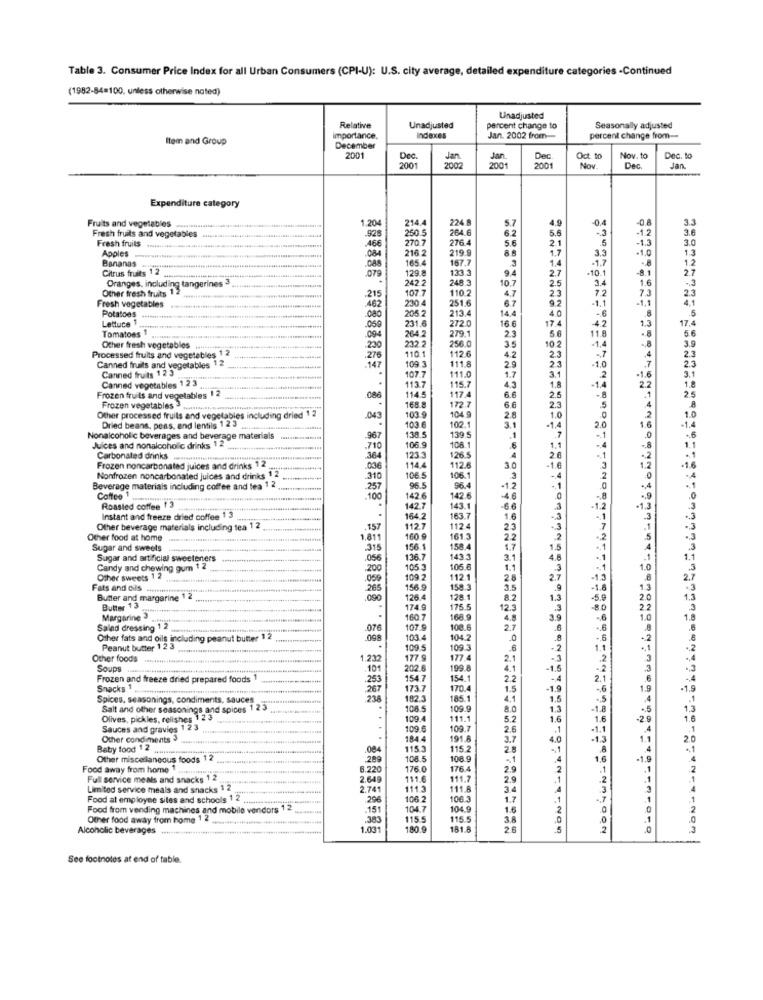
Table 3. Consumer Price Index for all Urban Consumers (CPI-U): U.S. city average, detailed expenditure categories -Continued
(1982-84=100, unless otherwise noted)
Unadjusted
Relative
Unadjusted
percent change to
Seasonally adjusted
Item and Group
importance.
Indexes
Jan. 2002 from-
percent change from-
December
2001
Dec.
Jan
Jan
Dec
Oct to
Nov. to
Dec. to
2001
2002
2001
2001
Nov.
Dec
Jan.
Expenditure category
Fruits and vegetables
214.4
224.8
-04
1.204
260.5
264.6
6.2
5.7
5.6
3.6
3.3
Fresh fruits and vegetables
Fresh fruits
.928
276.4
5.6
2.1
-1.3
3.0
46
270.7
219.9
1.7
3.3
-1.0
1.3
Bananas
Apples ..............
.08
216.2
165.4
167.7
3
1.4
1.2
Citrus fruits 12
129.8
9.4
2.7
-10.1
8.1
2.7
079
242.2
248.3
10.7
2.5
3.
1.6
Other fresh fruits 1 2
Oranges, including tangerines 3
107.7
1102
23
7.2
230.4
251.6
4.7
6.7
9.2
-1.1
7.3
-1.1
2.3
4.1
Fresh vegetables
Potatoes
213.4
14.4
-. 6
Lettuce
080
205.2
16 6
17.4
1.3
17.4
Tomatoes
.050
231.6
264.2
272.0
279.1
23
11.8
.094
256.0
3.
10.2
-1,4
-. 8
3.9
Other fresh vegetables
230
232.2
110.1
2.3
.. 7
4
2.3
Processed fruits and vegetables 1 2
.276
109.3
112.6
111.8
4.2
2.9
23
-1.0
2.5
Canned fruits and vegetables 1 2
Canned fruits 12 3
.147
111.0
1.7
3.1
2
7
3.1
107.7
115.7
1.8
14
-1.6
1.8
Canned vegetables 1 2 3
113.7
117.4
2.5
2.
Frozen fruits and vegetables 1 2
.086
114.5
168.8
6€
2.3
Frozen vegetables .. ..........
ing dried 12
172.7
104 9
6.6
.0
10
Other processed fruits and vegetables including dried 1 2
.043
103.9
103 6
102.1
2.8
1.0
20
-1.4
Dried beans, peas, and lentilg 1 23
138.5
139.5
3.1
.1
-1,4
.. 1
Nonalcoholic beverages and beverage materials
-967
1.1
Juices and nonalcoholic drinks 1 2
.710
106.9
108.1
6
1.1
Carbonated drinks
1233
114.4
126.5
4
2.6
.. 2
-1.6
Frozen noncarbonated juices and drinks 12
.036
112.6
30
-1.€
1.2
Nonfrozen noncarbonated juices and drinks 1 2
.310
106.5
106.1
3
-4
.0
Beverage materials including coffee and tea 12.
Coffee 1
257
96.5
96.4
-1.2
-. 1
-A
.100
142.6
142.6
46
0
-. 8
.9
Roasted coffee 13
142.7
143.1
-66
1.2
-1.3
Instant and freeze dried coffee 1 3
164.2
163.7
16
-3
.1
Other beverage materials including tea 12
.157
1127
112.4
23
.3
.1
Other food at home
1,811
160 9
161.3
2.2
2
.5
Sugar and sweets
315
156.1
158.4
1.7
1.5
Sugar and artificial sweeteners
.056
136.7
435
3.1
4.8
Candy and chewing gum 1 2
.200
105.€
1.1
.3
1.0
Other sweets 12
.059
109 .2
112.
2.8
2.7
-1.5
Fats and cils
265
156.9
3.5
-1.6
13
Butter and margarine 1 2
.090
126.4
128.1
8.2
-5.9
2.0
Butter 13
174.9
175.5
12.3
8.0
2.2
Margarine 3
160.7
168.0
4.8
1.0
Salad dressing 12
.076
107.9
108.6
2.7
.. 6
peanut butter 1
098
103.4
104.2
Peanut butter 12 3
.
109.5
109.3
.6
1.1
Other foods
1.232
177.9
177
2.1
Soups ....
.101
202.6
199.
4.1
-1.5
Frozen and freeze dried prepared foods 1
.253
154.7
154.
2.2
-4
2.
Snacks 1
173.7
170.4
1.5
-1.9
-6
1.9
-1.9
Spices, seasonings, condiments, sa
236
182.3
185.1
4.1
1.5
.5
Salt and other seasonings and spices 1 23
108.5
109.
8.0
1.3
-1.8
Dlives, pickles, relishes 1 23
109.4
111.1
5.2
1.6
1.6
1.6
Sauces and gravies 1 2 3
109.6
109.
2.6
.1
-1.1
Other condiments 3
1844
1918
3.7
4.0
-1.3
1.1
2.0
Baby food 12
.084
1153
115
Other miscellaneous foods 12
.289
108.5
108.9
.. 1
1,6
Food away from home 1
8.220
176.
176.4
2.9
.1
2
Full service meals and snacks 1 2
2.649
111.6
111.7
2.9
.2
Limited service meals and snacks 1 2
2.741
111.3
111.8
34
.3
4
Food at employee sites and schools 1 2
296
106.2
106.
1.7
.7
.1
Food from vending machines and mobile w
endors
.151
104.7
104.9
1.6
Other food away from home 1
383
115.5
115.5
3.8
Alcoholic beverages ......
1.03
180.9
181.8
26
:4211120-
.0
.3
See footnotes at end of table.